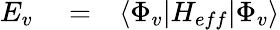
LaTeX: \begin{array}{rlr}{E_{v}}&{{}=}&{\langle\Phi_{v}|H_{eff}|\Phi_{v}\rangle}\end{array}